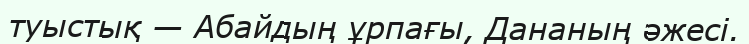
туыстық — Абайдың ұрпағы, Дананың әжесі.